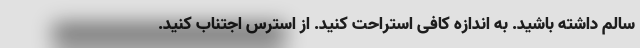
سالم داشته باشید. به اندازه کافی استراحت کنید. از استرس اجتناب کنید.